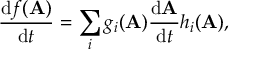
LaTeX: { \frac { \mathrm { d } f ( \mathbf { A } ) } { \mathrm { d } t } } = \sum _ { i } g _ { i } ( \mathbf { A } ) { \frac { \mathrm { d } \mathbf { A } } { \mathrm { d } t } } h _ { i } ( \mathbf { A } ) ,